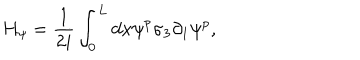
LaTeX: H _ { \psi } = \frac { 1 } { 2 i } \int _ { 0 } ^ { L } d x \psi ^ { p } \sigma _ { 3 } \partial _ { 1 } \psi ^ { p } ,